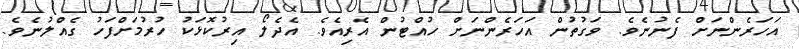
އަހަރެންނަށް ފެނުނެވެ. ވަގުތުން އަހަރެންނަށް ހުއްޓުން އެރިއެވެ. އެދެލޯ އިރުކޮޅަކު ހުރުމަށްފަހު ގެއްލުނެވެ.